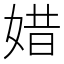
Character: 㛭